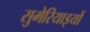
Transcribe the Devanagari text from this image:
सुमेरियाइयों